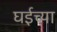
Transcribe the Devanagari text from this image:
घईच्या